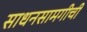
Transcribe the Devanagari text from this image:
साधनसामगीची